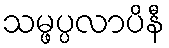
သမ္ဖပ္ပလာပိနီ